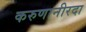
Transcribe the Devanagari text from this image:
करुणानीरदा